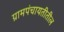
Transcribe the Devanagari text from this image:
ग्रामपंचायतीतील